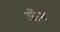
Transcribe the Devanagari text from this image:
ऑम